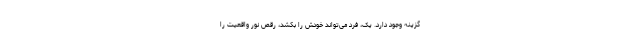
گزینه وجود دارد. یک، فرد می‌تواند خودش را بکُشد، رقص نور واقعیت را